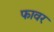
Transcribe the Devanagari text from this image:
फावर